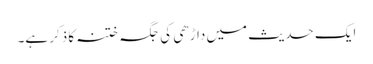
ایک حدیث میں داڑھی کی جگہ ختنہ کا ذکر ہے۔